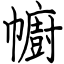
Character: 幮